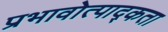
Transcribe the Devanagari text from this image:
प्रभावोत्पाद्कता